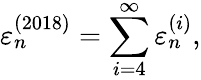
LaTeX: \varepsilon_{n}^{(2018)}=\sum_{i=4}^{\infty}\varepsilon_{n}^{(i)},